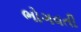
ભોગવતી